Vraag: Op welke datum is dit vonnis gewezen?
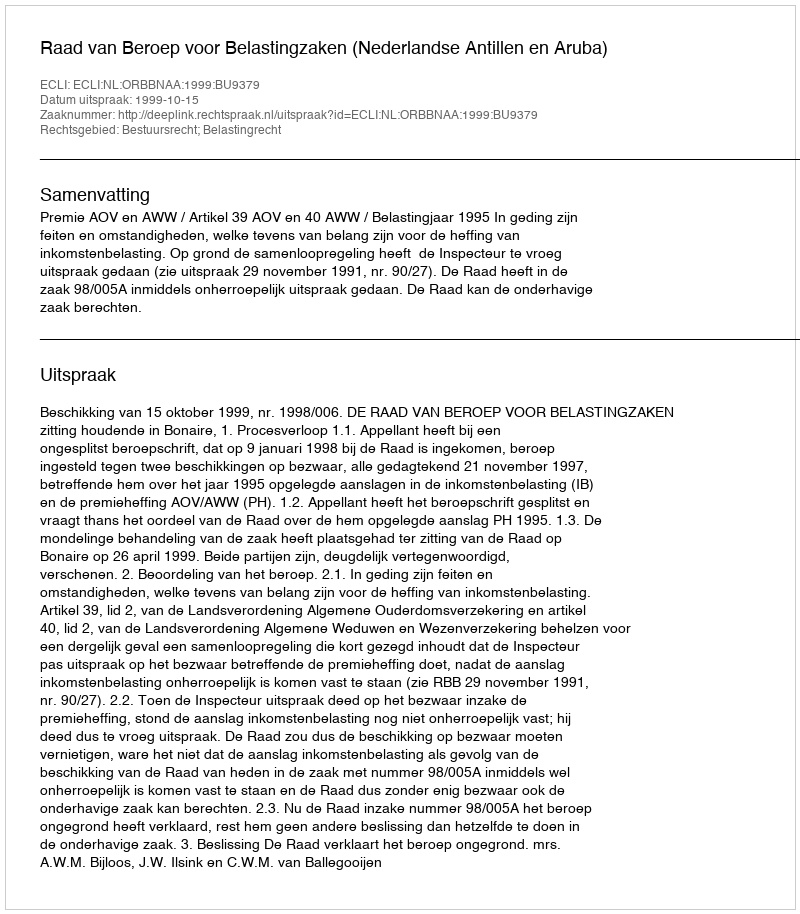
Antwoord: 1999-10-15